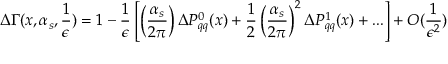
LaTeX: \Delta \Gamma ( x , \alpha _ { s } , \frac { 1 } { \epsilon } ) = 1 - \frac { 1 } { \epsilon } \left[ \left( \frac { \alpha _ { s } } { 2 \pi } \right) \Delta P _ { q q } ^ { 0 } ( x ) + \frac { 1 } { 2 } \left( \frac { \alpha _ { s } } { 2 \pi } \right) ^ { 2 } \Delta P _ { q q } ^ { 1 } ( x ) + . . . \right] + { \cal O } ( \frac { 1 } { \epsilon ^ { 2 } } )